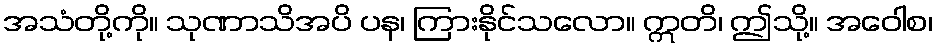
အသံတို့ကို။ သုဏာသိအပိ ပန၊ ကြားနိုင်သလော။ ဣတိ၊ ဤသို့။ အဝေါစ၊